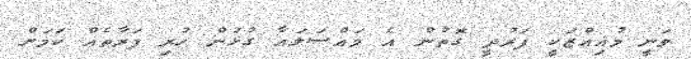
ވަނީ މުއިއްޒަކީ ފަރުދީ ގޮތުން އެ މައްސަލައާ ގުޅުން ހުރި ފަރާތެއް ކަމަށް